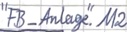
Text: "FB_Anlage".M2